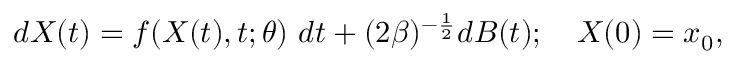
\begin{array} { r } { d X ( t ) = f ( X ( t ) , t ; \theta ) \ d t + ( 2 \beta ) ^ { - \frac { 1 } { 2 } } d B ( t ) ; \quad X ( 0 ) = x _ { 0 } , } \end{array}